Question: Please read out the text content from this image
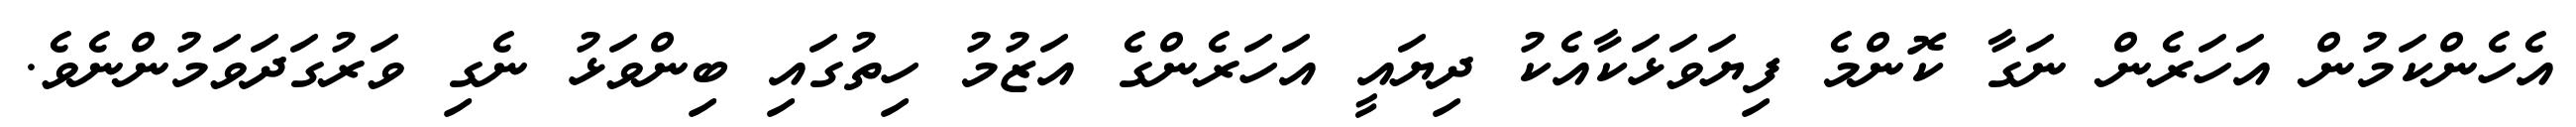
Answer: އެހެންކަމުން އަހަރެން ނަގާ ކޮންމެ ފިޔަވަޅަކާއެކު ދިޔައީ އަހަރެންގެ އަޒުމު ހިތުގައި ބިންވަޅު ނެގި ވަރުގަދަވަމުންނެވެ.